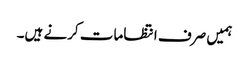
ہمیں صرف انتظامات کرنے ہیں۔